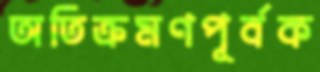
অতিক্রমণপূর্বক